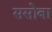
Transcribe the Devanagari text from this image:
ससोबा